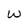
Character: w